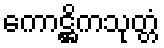
ကောဋ္ဌိကသုတ္တံ